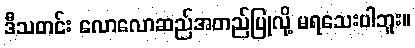
ဒီသတင်း လောလောဆည်အတည်ပြုလို့ မရသေးပါဘူး။